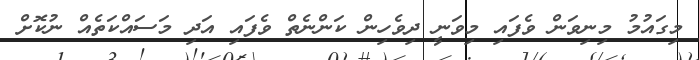
މިގައުމު މިނިވަން ވެފައި މިވަނީ ދިވެހިން ކަންނެތް ވެފައި އަދި މަސައްކަތެއް ނުކޮށް